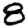
Digit: 8